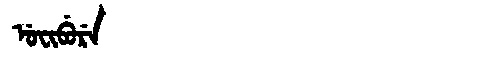
Manchu: ᡠᠸᡳᠪᡠᡵᡝ
Romanization: UFIBURE